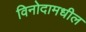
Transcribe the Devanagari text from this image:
विनोदामधील